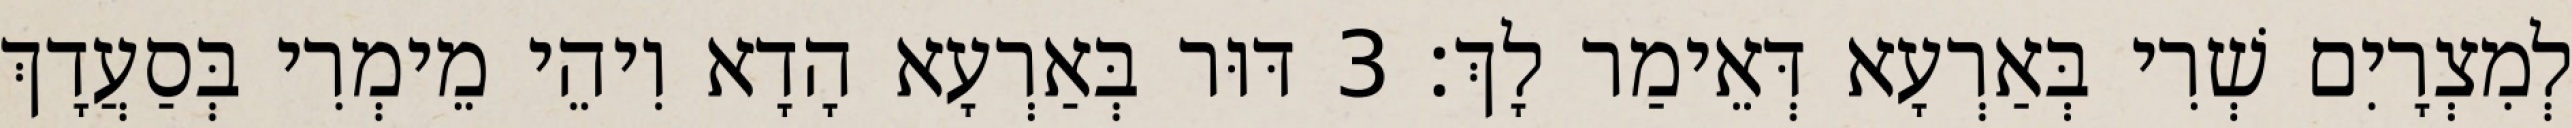
לְמִצְרָיִם שְׁרִי בְּאַרְעָא דְּאֵימַר לָךְ׃ 3 דּוּר בְּאַרְעָא הָדָא וִיהֵי מֵימְרִי בְּסַעֲדָךְ